Report of the King Institute of Preventive Medicine, Guindy
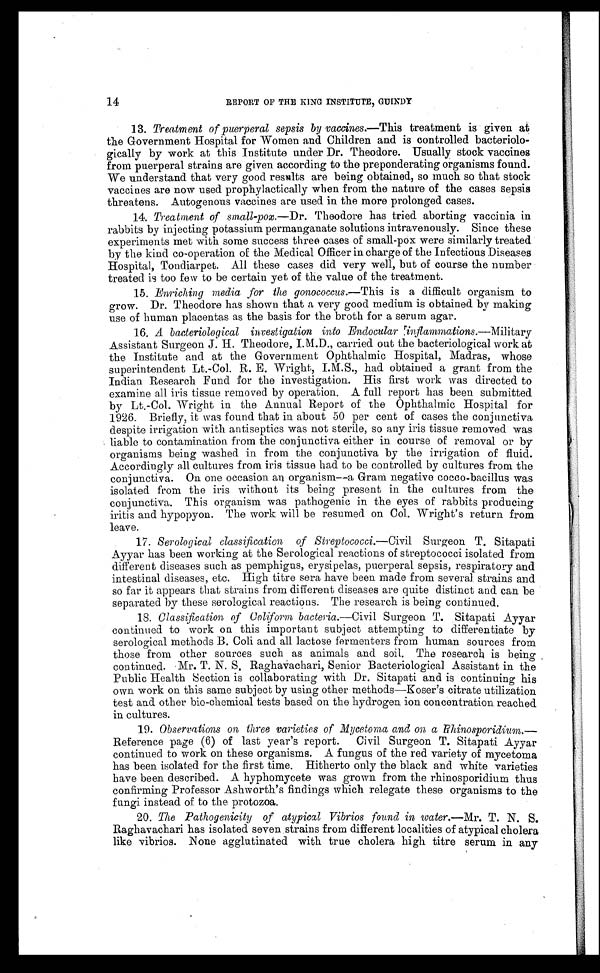
14
REPORT OF THE KING INSTITUTE, GUINDY
13. Treatment of puerperal sepsis by vaccines.— This treatment is given at
the Government Hospital for Women and Children and is controlled bacteriolo--
gically by work at this Institute under Dr. Theodore. Usually stock vaccines
from puerperal strains are given according to the preponderating organisms found.
We understand that very good results are being obtained, so much so that stock
vaccines are now used prophylactically when from the nature of the cases sepsis
threatens. Autogenous vaccines are used in the more prolonged cases.
14. Treatment of small-pox.— Dr. Theodore has tried aborting vaccinia in
rabbits by injecting potassium permanganate solutions intravenously. Since these
experiments met with some success three cases of small-pox were similarly treated
by the kind co-operation of the Medical Officer in charge of the Infectious Diseases
Hospital, Tondiarpet. All these cases did very well, but of course the number
treated is too few to be certain yet of the value of the treatment.
15. Enriching media for the gonococcus.— This is a difficult organism to
grow. Dr. Theodore has shown that a very good medium is obtained by making
use of human placentas as the basis for the broth for a serum agar.
16. A bacteriological investigation into Endocular inflammations.—Military
Assistant Surgeon J. H. Theodore, I.M.D., carried out the bacteriological work at
the Institute and at the Government Ophthalmic Hospital, Madras, whose
superintendent Lt.-Col. R. E. Wright, had obtained a grant from the
Indian Research Fund for the investigation. His first work was directed to
examine all iris tissue removed by operation. A full report has been submitted
by Lt.-Col. Wright in the Annual Report of the Ophthalmic Hospital for
1926. Briefly, it was found that in about 50 per cent of cases the conjunctiva
despite irrigation with antiseptics was not sterile, so any iris tissue removed was
liable to contamination from the conjunctiva either in course of removal or by
organisms being washed in from the conjunctiva by the irrigation of fluid.
Accordingly all cultures from iris tissue had to be controlled by cultures from the
conjunctiva. On one occasion an organism—a Gram negative cocco-bacillus was
isolated from the iris without its being present in the cultures from the
conjunctiva. This organism was pathogenic in the eyes of rabbits producing
iritis and hypopyon. The work will be resumed on Col. Wright's return from
leave.
17. Serological classification of Streptococci.—Civil Surgeon T. Sitapati
Ayyar has been working at the Serological reactions of streptococci isolated from
different diseases such as pemphigus, erysipelas, puerperal sepsis, respiratory and
intestinal diseases, etc. High titre sera have been made from several strains and
so far it appears that strains from different diseases are quite distinct and can be
separated by these serological reactions. The research is being continued.
18. Classification of Coliform bacteria.—Civil Surgeon T. Sitapati Ayyar
continued to work on this important subject attempting to differentiate by
serological methods B. Coli and all lactose fermenters from human sources from
those from other sources such as animals and soil. The research is being
continued. Mr. T. N. S. Raghavachari, Senior Bacteriological Assistant in the
Public Health Section is collaborating with Dr. Sitapati and is continuing his
own work on this same subject by using other methods—Koser's citrate utilization
test and other bio-chemical tests based on the hydrogen ion concentration reached
in cultures.
19. Observations on three varieties of Mycetoma and on a Rhinosporidium.—
Reference page (6) of last year's report. Civil Surgeon T. Sitapati Ayyar
continued to work on these organisms. A fungus of the red variety of mycetoma
has been isolated for the first time. Hitherto only the black and white varieties
have been described. A hyphomycete was grown from the rhinosporidium thus
confirming Professor Ashworth's findings which relegate these organisms to the
fungi instead of to the protozoa.
20. The Pathogenicity of atypical Vibrios found in water.—Mr. T. N. S.
Raghavachari has isolated seven strains from different localities of atypical cholera
like vibrios. None agglutinated with true cholera high titre serum in any